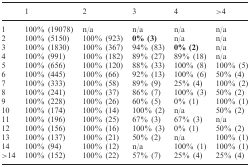
|  | 1 | 2 | 3 | 4 | >4 |
 | --- | --- | --- | --- | --- | --- |
 | 1 | 100% (19078) | n/a | n/a | n/a | n/a |
 | 2 | 100% (5150) | 100% (923) | 0% (3) | n/a | n/a |
 | 3 | 100% (1830) | 100% (367) | 94% (83) | 0% (2) | n/a |
 | 4 | 100% (991) | 100% (182) | 89% (27) | 89% (18) | n/a |
 | 5 | 100% (656) | 100% (120) | 88% (33) | 100% (8) | 100% (5) |
 | 6 | 100% (445) | 100% (66) | 92% (13) | 100% (6) | 50% (4) |
 | 7 | 100% (333) | 100% (58) | 89% (9) | 25% (4) | 100% (2) |
 | 8 | 100% (241) | 100% (37) | 86% (7) | 100% (3) | 50% (2) |
 | 9 | 100% (228) | 100% (26) | 60% (5) | 0% (1) | 100% (1) |
 | 10 | 100% (174) | 100% (14) | 100% (2) | n/a | 50% (2) |
 | 11 | 100% (196) | 100% (25) | 67% (3) | 67% (3) | n/a |
 | 12 | 100% (156) | 100% (16) | 100% (3) | 0% (1) | 50% (2) |
 | 13 | 100% (137) | 100% (21) | 50% (2) | n/a | 100% (1) |
 | 14 | 100% (94) | 100% (12) | n/a | 100% (1) | 100% (1) |
 | >14 | 100% (152) | 100% (22) | 57% (7) | 25% (4) | 25% (4) |